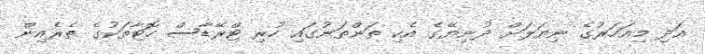
އަދި މިއަހަރުގެ ނިޔަލަށް ދުނިޔޭގެ އެކި ތަންތަނުގައި ހުރި ޓްރޭޑާސް ހޮޓާތަކުގެ ތެރެއިން